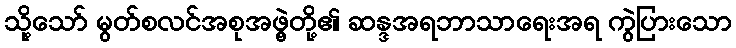
သို့သော် မွတ်စလင်အစုအဖွဲ့တို့၏ ဆန္ဒအရဘာသာရေးအရ ကွဲပြားသော